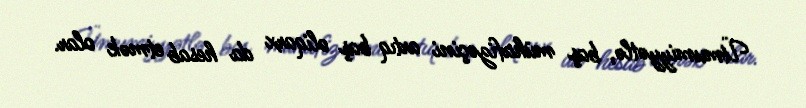
Ümumiyyətlə, baş mühafizəçini artıq baş oliqarx da hesab etmək olar.